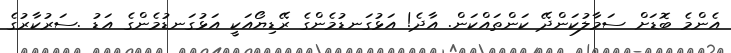
އެންމެ ބޮޑަށް ސަމާލުކަންދޭ ކަންތައްކަން. އާދެ! އަޅުގަނޑުމެންގެ ރޭޑިޔޯއަކީ އަޅުގަނޑުމެންގެ އަޑު .ސަރުކާރުގެ